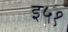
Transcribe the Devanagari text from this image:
इ५१